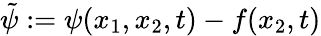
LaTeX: \tilde{\psi}:=\psi(x_{1},x_{2},t)-f(x_{2},t)